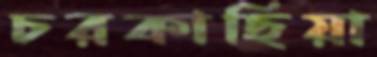
চরকাছিয়া